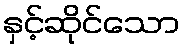
နှင့်ဆိုင်သော